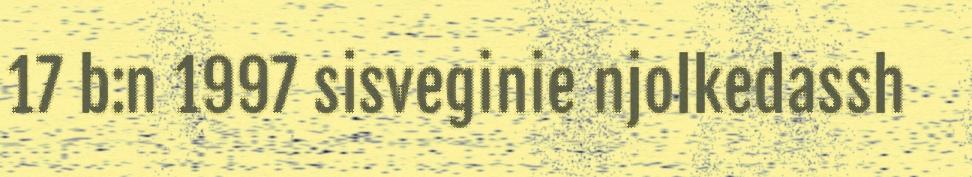
17 b:n 1997 sisveginie njolkedassh